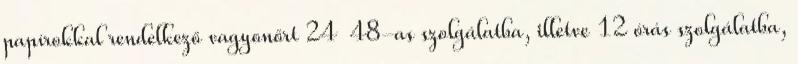
papírokkal rendelkező vagyonőrt 24 48-as szolgálatba, illetve 12 órás szolgálatba,